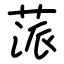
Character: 蒎